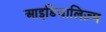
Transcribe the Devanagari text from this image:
आइडियालिज़्म